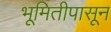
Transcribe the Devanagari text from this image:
भूमितीपासून